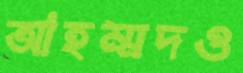
আহম্মদও